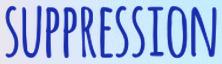
SUPPRESSION